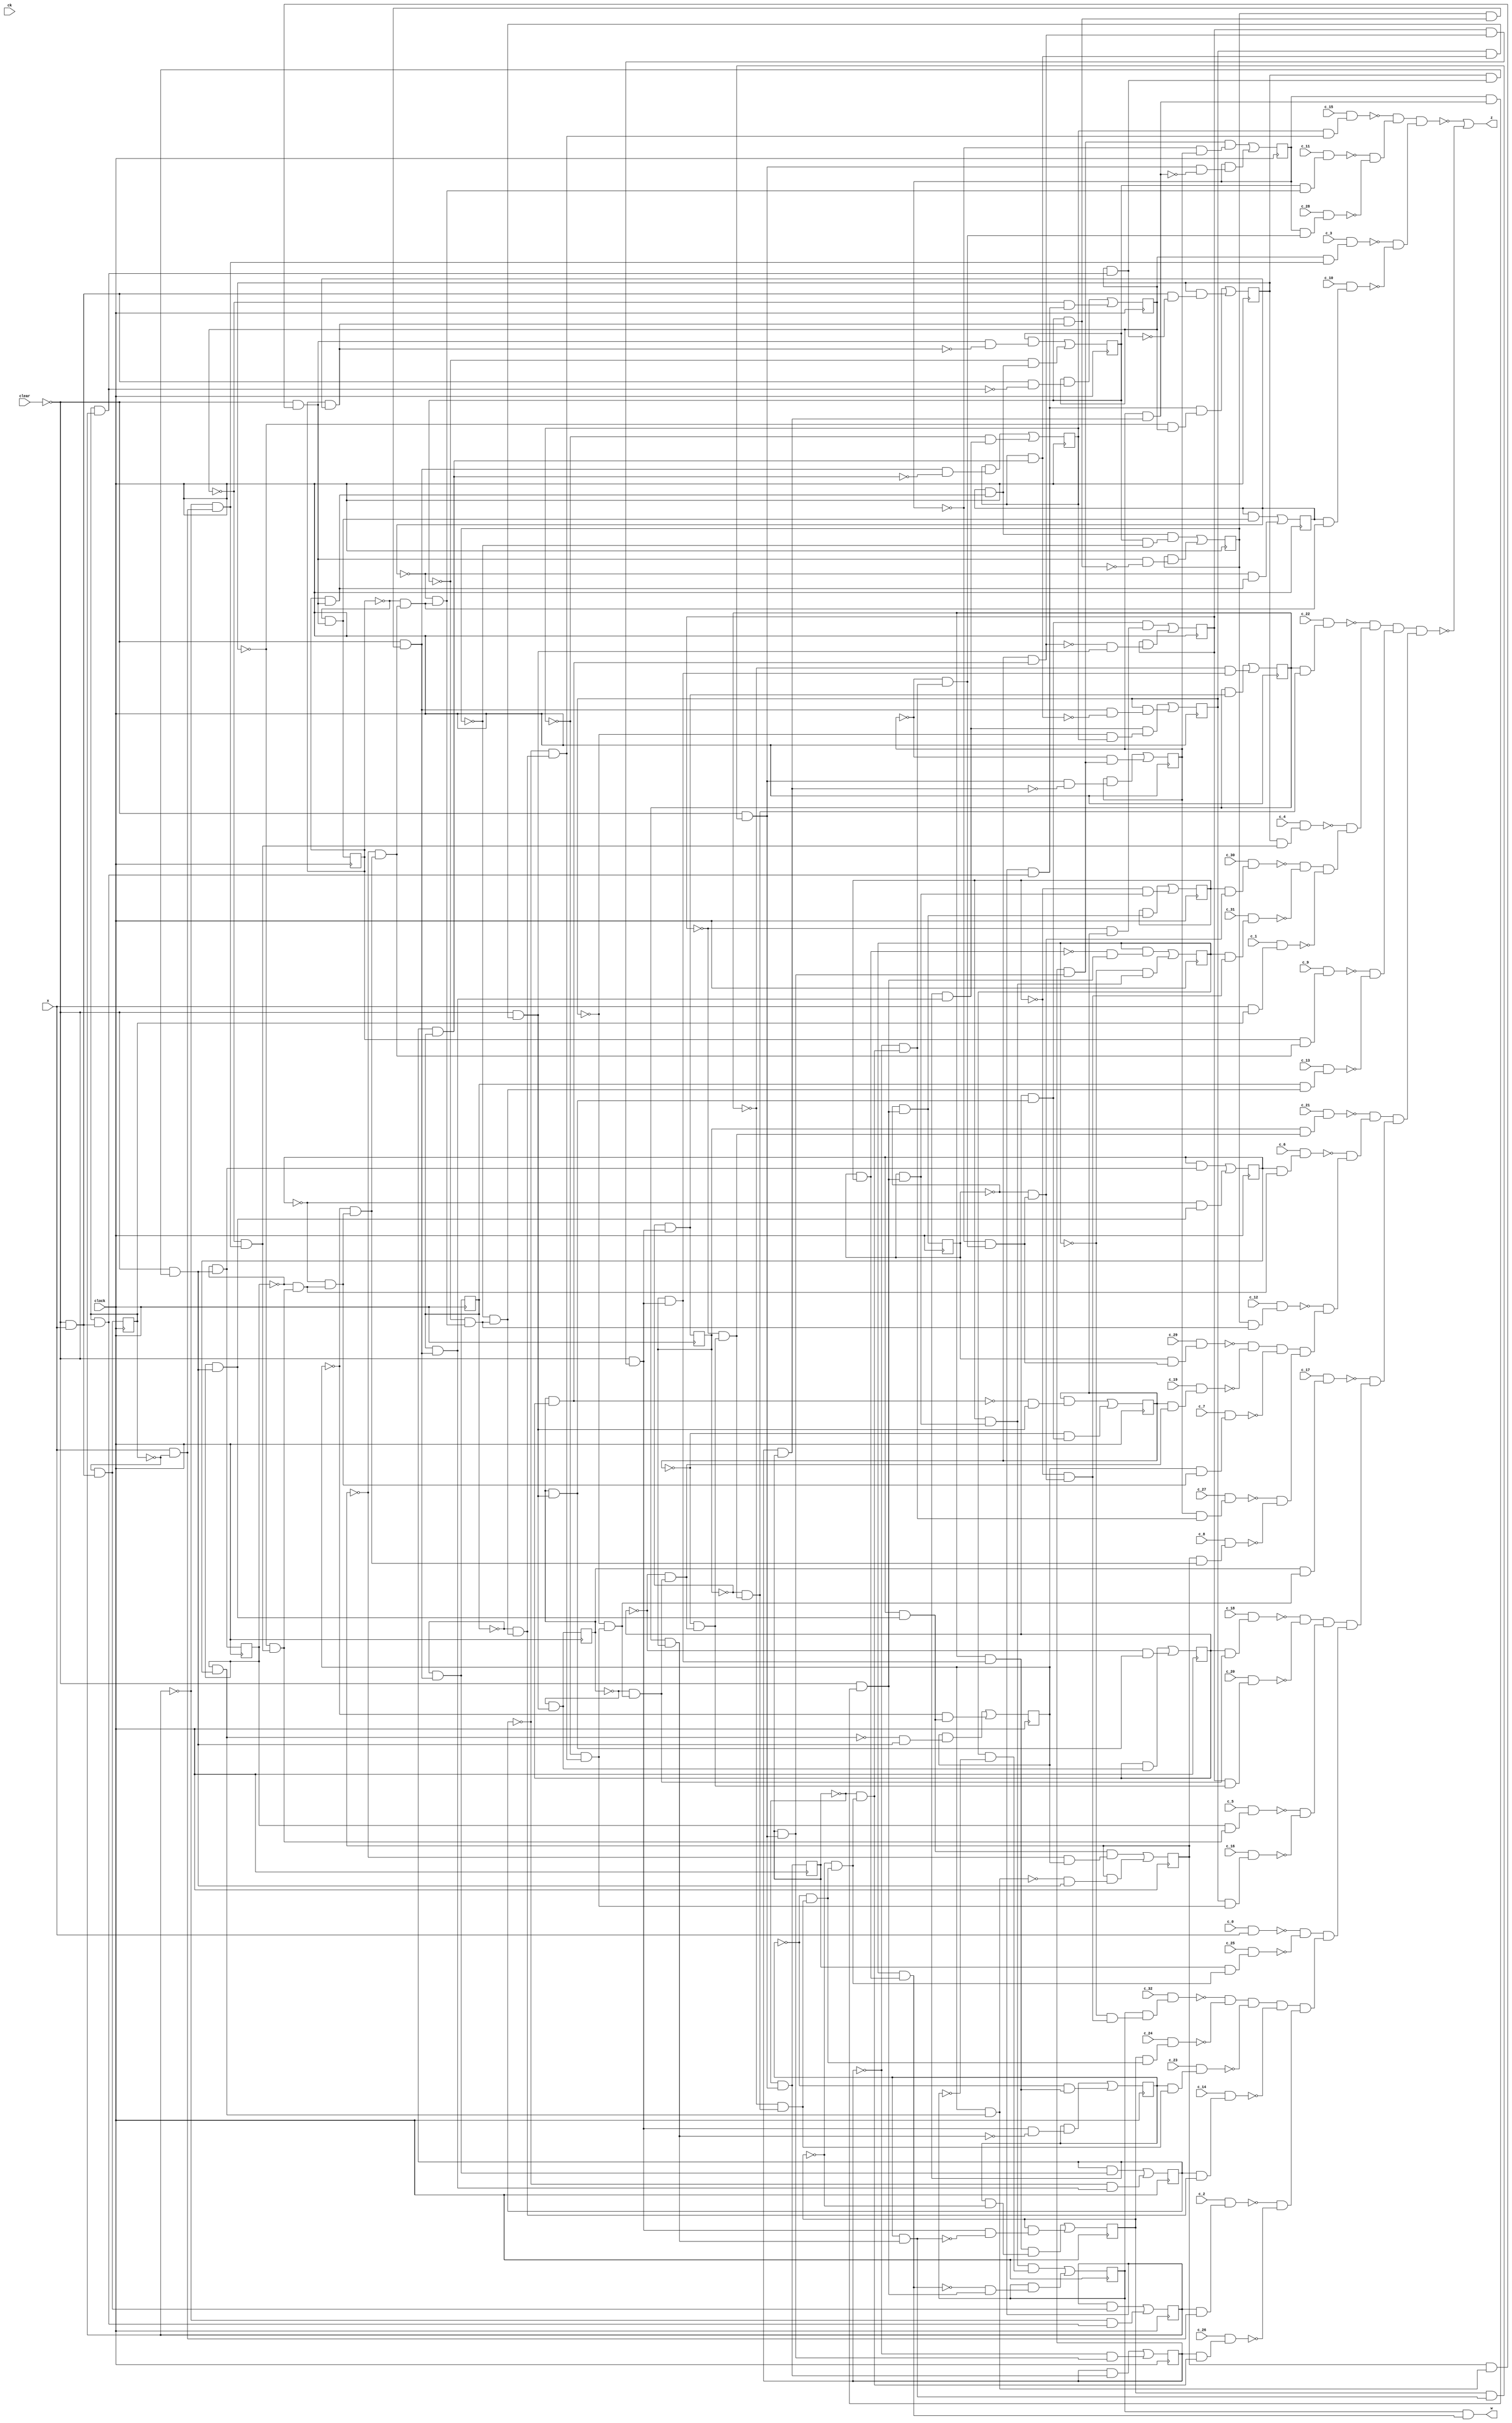
module top ( clock, 
    c_6, c_5, c_4, c_19, c_3, c_29, c_2, c_1, c_0, ck, c_13, c_24, c_14,
    c_23, c_11, c_22, c_12, c_21, c_17, c_28, c_31, c_18, c_27, c_32, c_15,
    c_26, c_16, c_25, clear, c_30, c_20, c_10, x, c_9, c_8, c_7,
    w, z  );
  input  clock;
  input  c_6, c_5, c_4, c_19, c_3, c_29, c_2, c_1, c_0, ck, c_13, c_24,
    c_14, c_23, c_11, c_22, c_12, c_21, c_17, c_28, c_31, c_18, c_27, c_32,
    c_15, c_26, c_16, c_25, clear, c_30, c_20, c_10, x, c_9, c_8, c_7;
  output w, z;
  reg ny_4, ny_9, ny_22, ny_16, ny_23, ny_15, ny_28, ny_29, ny_14, ny_21,
    ny_8, ny_31, ny_1, ny_30, ny_2, ny_11, ny_24, ny_3, ny_10, ny_17,
    ny_12, ny_5, ny_6, ny_7, ny_13, ny_26, ny_20, ny_27, ny_19, ny_32,
    ny_18, ny_25;
  wire new_n135_, new_n136_, new_n138_1_, new_n139_, new_n140_, new_n141_,
    new_n142_, new_n143_1_, new_n144_, new_n145_, new_n146_, new_n147_,
    new_n148_1_, new_n149_, new_n150_, new_n151_, new_n152_, new_n153_1_,
    new_n154_, new_n155_, new_n156_, new_n157_, new_n158_1_, new_n159_,
    new_n160_, new_n161_, new_n162_, new_n163_1_, new_n164_, new_n165_,
    new_n166_, new_n167_, new_n168_1_, new_n169_, new_n170_, new_n171_,
    new_n172_, new_n173_1_, new_n174_, new_n175_, new_n176_, new_n177_,
    new_n178_1_, new_n179_, new_n180_, new_n181_, new_n182_, new_n183_1_,
    new_n184_, new_n185_, new_n186_, new_n187_, new_n188_1_, new_n189_,
    new_n190_, new_n191_, new_n192_, new_n193_1_, new_n194_, new_n195_,
    new_n196_, new_n197_, new_n198_1_, new_n199_, new_n200_, new_n201_,
    new_n202_, new_n203_1_, new_n204_, new_n205_, new_n206_, new_n207_,
    new_n208_1_, new_n209_, new_n210_, new_n211_, new_n212_, new_n213_1_,
    new_n214_, new_n215_, new_n216_, new_n217_, new_n218_1_, new_n219_,
    new_n220_, new_n221_, new_n222_, new_n223_1_, new_n224_, new_n225_,
    new_n226_, new_n227_, new_n228_1_, new_n229_, new_n230_, new_n231_,
    new_n232_, new_n233_1_, new_n234_, new_n235_, new_n236_, new_n237_,
    new_n238_, new_n239_, new_n240_, new_n241_, new_n242_, new_n243_,
    new_n244_, new_n245_, new_n246_, new_n247_, new_n248_, new_n249_,
    new_n250_, new_n251_, new_n252_, new_n253_, new_n254_, new_n255_,
    new_n256_, new_n257_, new_n258_, new_n259_, new_n260_, new_n261_,
    new_n262_, new_n263_, new_n264_, new_n266_, new_n267_, new_n268_,
    new_n269_, new_n270_, new_n271_, new_n272_, new_n273_, new_n274_,
    new_n276_, new_n277_, new_n278_, new_n279_, new_n281_, new_n282_,
    new_n283_, new_n284_, new_n286_, new_n287_, new_n288_, new_n290_,
    new_n291_, new_n292_, new_n293_, new_n294_, new_n295_, new_n296_,
    new_n297_, new_n298_, new_n299_, new_n300_, new_n301_, new_n303_,
    new_n304_, new_n305_, new_n306_, new_n307_, new_n309_, new_n310_,
    new_n311_, new_n313_, new_n314_, new_n315_, new_n316_, new_n317_,
    new_n318_, new_n319_, new_n320_, new_n321_, new_n322_, new_n323_,
    new_n325_, new_n326_, new_n329_, new_n330_, new_n332_, new_n333_,
    new_n334_, new_n335_, new_n336_, new_n337_, new_n338_, new_n339_,
    new_n341_, new_n342_, new_n343_, new_n344_, new_n345_, new_n348_,
    new_n349_, new_n351_, new_n352_, new_n354_, new_n355_, new_n356_,
    new_n357_, new_n358_, new_n360_, new_n361_, new_n362_, new_n363_,
    new_n365_, new_n366_, new_n367_, new_n369_, new_n370_, new_n372_,
    new_n373_, new_n375_, new_n376_, new_n377_, new_n378_, new_n381_,
    new_n382_, new_n384_, new_n385_, new_n386_, new_n389_, new_n390_,
    new_n392_, new_n393_, new_n394_, new_n395_, new_n396_, new_n397_,
    new_n399_, new_n400_, new_n401_, new_n403_, new_n404_, new_n405_,
    new_n407_, new_n408_, new_n409_, new_n410_, new_n412_, new_n413_, n78,
    n83, n88, n93, n98, n103, n108, n113, n118, n123, n128, n133, n138,
    n143, n148, n153, n158, n163, n168, n173, n178, n183, n188, n193, n198,
    n203, n208, n213, n218, n223, n228, n233;
  assign new_n135_ = ny_29 & ny_30;
  assign new_n136_ = ny_31 & new_n135_;
  assign w = ny_32 & new_n136_;
  assign new_n138_1_ = x & ~ny_1;
  assign new_n139_ = ~ny_2 & new_n138_1_;
  assign new_n140_ = ~ny_3 & new_n139_;
  assign new_n141_ = ~ny_4 & new_n140_;
  assign new_n142_ = ~ny_5 & new_n141_;
  assign new_n143_1_ = ~ny_6 & new_n142_;
  assign new_n144_ = ~ny_7 & new_n143_1_;
  assign new_n145_ = ~ny_8 & new_n144_;
  assign new_n146_ = ~ny_9 & new_n145_;
  assign new_n147_ = ~ny_10 & new_n146_;
  assign new_n148_1_ = ~ny_11 & new_n147_;
  assign new_n149_ = ny_12 & new_n148_1_;
  assign new_n150_ = c_12 & new_n149_;
  assign new_n151_ = ~ny_12 & new_n148_1_;
  assign new_n152_ = ~ny_13 & new_n151_;
  assign new_n153_1_ = ~ny_14 & new_n152_;
  assign new_n154_ = ~ny_15 & new_n153_1_;
  assign new_n155_ = ~ny_16 & new_n154_;
  assign new_n156_ = ~ny_17 & new_n155_;
  assign new_n157_ = ~ny_18 & new_n156_;
  assign new_n158_1_ = ~ny_19 & new_n157_;
  assign new_n159_ = ~ny_20 & new_n158_1_;
  assign new_n160_ = ~ny_21 & new_n159_;
  assign new_n161_ = ~ny_22 & new_n160_;
  assign new_n162_ = ~ny_23 & new_n161_;
  assign new_n163_1_ = ~ny_24 & new_n162_;
  assign new_n164_ = ~ny_25 & new_n163_1_;
  assign new_n165_ = ~ny_26 & new_n164_;
  assign new_n166_ = ny_27 & new_n165_;
  assign new_n167_ = c_27 & new_n166_;
  assign new_n168_1_ = ny_8 & new_n144_;
  assign new_n169_ = c_8 & new_n168_1_;
  assign new_n170_ = ~ny_27 & new_n165_;
  assign new_n171_ = ~ny_28 & new_n170_;
  assign new_n172_ = ny_29 & new_n171_;
  assign new_n173_1_ = c_29 & new_n172_;
  assign new_n174_ = ny_19 & new_n157_;
  assign new_n175_ = c_19 & new_n174_;
  assign new_n176_ = ~new_n173_1_ & ~new_n175_;
  assign new_n177_ = ny_7 & new_n143_1_;
  assign new_n178_1_ = c_7 & new_n177_;
  assign new_n179_ = new_n176_ & ~new_n178_1_;
  assign new_n180_ = ~new_n167_ & ~new_n169_;
  assign new_n181_ = new_n179_ & new_n180_;
  assign new_n182_ = ny_6 & new_n142_;
  assign new_n183_1_ = c_6 & new_n182_;
  assign new_n184_ = ny_21 & new_n159_;
  assign new_n185_ = c_21 & new_n184_;
  assign new_n186_ = ~new_n150_ & new_n181_;
  assign new_n187_ = ~new_n183_1_ & new_n186_;
  assign new_n188_1_ = ~new_n185_ & new_n187_;
  assign new_n189_ = c_0 & x;
  assign new_n190_ = ny_25 & new_n163_1_;
  assign new_n191_ = c_25 & new_n190_;
  assign new_n192_ = ~new_n189_ & ~new_n191_;
  assign new_n193_1_ = ny_2 & new_n138_1_;
  assign new_n194_ = c_2 & new_n193_1_;
  assign new_n195_ = ny_26 & new_n164_;
  assign new_n196_ = c_26 & new_n195_;
  assign new_n197_ = ~ny_29 & new_n171_;
  assign new_n198_1_ = ~ny_30 & new_n197_;
  assign new_n199_ = ~ny_31 & new_n198_1_;
  assign new_n200_ = ny_32 & new_n199_;
  assign new_n201_ = c_32 & new_n200_;
  assign new_n202_ = ny_24 & new_n162_;
  assign new_n203_1_ = c_24 & new_n202_;
  assign new_n204_ = ~new_n201_ & ~new_n203_1_;
  assign new_n205_ = ny_23 & new_n161_;
  assign new_n206_ = c_23 & new_n205_;
  assign new_n207_ = new_n204_ & ~new_n206_;
  assign new_n208_1_ = ny_14 & new_n152_;
  assign new_n209_ = c_14 & new_n208_1_;
  assign new_n210_ = new_n207_ & ~new_n209_;
  assign new_n211_ = ~new_n194_ & ~new_n196_;
  assign new_n212_ = new_n210_ & new_n211_;
  assign new_n213_1_ = ny_5 & new_n141_;
  assign new_n214_ = c_5 & new_n213_1_;
  assign new_n215_ = ny_16 & new_n154_;
  assign new_n216_ = c_16 & new_n215_;
  assign new_n217_ = ny_18 & new_n156_;
  assign new_n218_1_ = c_18 & new_n217_;
  assign new_n219_ = ny_20 & new_n158_1_;
  assign new_n220_ = c_20 & new_n219_;
  assign new_n221_ = ~new_n218_1_ & ~new_n220_;
  assign new_n222_ = ~new_n214_ & ~new_n216_;
  assign new_n223_1_ = new_n221_ & new_n222_;
  assign new_n224_ = ny_17 & new_n155_;
  assign new_n225_ = c_17 & new_n224_;
  assign new_n226_ = new_n192_ & new_n212_;
  assign new_n227_ = new_n223_1_ & new_n226_;
  assign new_n228_1_ = ~new_n225_ & new_n227_;
  assign new_n229_ = ny_9 & new_n145_;
  assign new_n230_ = c_9 & new_n229_;
  assign new_n231_ = ny_13 & new_n151_;
  assign new_n232_ = c_13 & new_n231_;
  assign new_n233_1_ = ny_30 & new_n197_;
  assign new_n234_ = c_30 & new_n233_1_;
  assign new_n235_ = ny_31 & new_n198_1_;
  assign new_n236_ = c_31 & new_n235_;
  assign new_n237_ = ~new_n234_ & ~new_n236_;
  assign new_n238_ = x & ny_1;
  assign new_n239_ = c_1 & new_n238_;
  assign new_n240_ = ny_4 & new_n140_;
  assign new_n241_ = c_4 & new_n240_;
  assign new_n242_ = ny_22 & new_n160_;
  assign new_n243_ = c_22 & new_n242_;
  assign new_n244_ = new_n237_ & ~new_n239_;
  assign new_n245_ = ~new_n241_ & new_n244_;
  assign new_n246_ = ~new_n243_ & new_n245_;
  assign new_n247_ = ~new_n230_ & ~new_n232_;
  assign new_n248_ = new_n246_ & new_n247_;
  assign new_n249_ = ny_3 & new_n139_;
  assign new_n250_ = c_3 & new_n249_;
  assign new_n251_ = ny_10 & new_n146_;
  assign new_n252_ = c_10 & new_n251_;
  assign new_n253_ = ny_11 & new_n147_;
  assign new_n254_ = c_11 & new_n253_;
  assign new_n255_ = ny_28 & new_n170_;
  assign new_n256_ = c_28 & new_n255_;
  assign new_n257_ = ny_15 & new_n153_1_;
  assign new_n258_ = c_15 & new_n257_;
  assign new_n259_ = ~new_n254_ & ~new_n256_;
  assign new_n260_ = ~new_n258_ & new_n259_;
  assign new_n261_ = ~new_n250_ & ~new_n252_;
  assign new_n262_ = new_n260_ & new_n261_;
  assign new_n263_ = new_n188_1_ & new_n228_1_;
  assign new_n264_ = new_n248_ & new_n263_;
  assign z = ~new_n262_ | ~new_n264_;
  assign new_n266_ = ~clear & x;
  assign new_n267_ = ny_1 & new_n266_;
  assign new_n268_ = ny_2 & new_n267_;
  assign new_n269_ = ~ny_4 & ny_3;
  assign new_n270_ = new_n268_ & new_n269_;
  assign new_n271_ = ny_1 & ny_2;
  assign new_n272_ = ny_3 & new_n271_;
  assign new_n273_ = new_n266_ & ~new_n272_;
  assign new_n274_ = ny_4 & new_n273_;
  assign n78 = new_n270_ | new_n274_;
  assign new_n276_ = ny_5 & ny_6;
  assign new_n277_ = ny_7 & new_n276_;
  assign new_n278_ = ny_8 & new_n277_;
  assign new_n279_ = ~clear & new_n278_;
  assign n83 = ~ny_9 & new_n279_;
  assign new_n281_ = ny_17 & ny_18;
  assign new_n282_ = ny_19 & new_n281_;
  assign new_n283_ = ny_20 & new_n282_;
  assign new_n284_ = ~clear & new_n283_;
  assign n123 = ~ny_21 & new_n284_;
  assign new_n286_ = ny_22 & n123;
  assign new_n287_ = ny_21 & new_n284_;
  assign new_n288_ = ~ny_22 & new_n287_;
  assign n88 = new_n286_ | new_n288_;
  assign new_n290_ = ny_9 & ny_10;
  assign new_n291_ = ny_11 & new_n290_;
  assign new_n292_ = ny_12 & new_n291_;
  assign new_n293_ = ~clear & new_n292_;
  assign new_n294_ = ny_13 & new_n293_;
  assign new_n295_ = ny_14 & new_n294_;
  assign new_n296_ = ~ny_16 & ny_15;
  assign new_n297_ = new_n295_ & new_n296_;
  assign new_n298_ = ny_14 & ny_13;
  assign new_n299_ = ny_15 & new_n298_;
  assign new_n300_ = new_n293_ & ~new_n299_;
  assign new_n301_ = ny_16 & new_n300_;
  assign n93 = new_n297_ | new_n301_;
  assign new_n303_ = ny_22 & ny_21;
  assign new_n304_ = new_n284_ & ~new_n303_;
  assign new_n305_ = ny_23 & new_n304_;
  assign new_n306_ = ny_22 & new_n287_;
  assign new_n307_ = ~ny_23 & new_n306_;
  assign n98 = new_n305_ | new_n307_;
  assign new_n309_ = new_n293_ & ~new_n298_;
  assign new_n310_ = ny_15 & new_n309_;
  assign new_n311_ = ~ny_15 & new_n295_;
  assign n103 = new_n310_ | new_n311_;
  assign new_n313_ = ny_23 & new_n303_;
  assign new_n314_ = ny_24 & new_n313_;
  assign new_n315_ = ~clear & new_n314_;
  assign new_n316_ = ny_25 & new_n315_;
  assign new_n317_ = ny_26 & new_n316_;
  assign new_n318_ = ~ny_28 & ny_27;
  assign new_n319_ = new_n317_ & new_n318_;
  assign new_n320_ = ny_26 & ny_25;
  assign new_n321_ = ny_27 & new_n320_;
  assign new_n322_ = new_n315_ & ~new_n321_;
  assign new_n323_ = ny_28 & new_n322_;
  assign n108 = new_n319_ | new_n323_;
  assign new_n325_ = ny_28 & new_n321_;
  assign new_n326_ = ~clear & new_n325_;
  assign n113 = ~ny_29 & new_n326_;
  assign n198 = ~ny_13 & new_n293_;
  assign new_n329_ = ny_14 & n198;
  assign new_n330_ = ~ny_14 & new_n294_;
  assign n118 = new_n329_ | new_n330_;
  assign new_n332_ = ny_4 & new_n272_;
  assign new_n333_ = ~clear & new_n332_;
  assign new_n334_ = ny_5 & new_n333_;
  assign new_n335_ = ny_6 & new_n334_;
  assign new_n336_ = ~ny_8 & ny_7;
  assign new_n337_ = new_n335_ & new_n336_;
  assign new_n338_ = ~new_n277_ & new_n333_;
  assign new_n339_ = ny_8 & new_n338_;
  assign n128 = new_n337_ | new_n339_;
  assign new_n341_ = ~new_n135_ & new_n326_;
  assign new_n342_ = ny_31 & new_n341_;
  assign new_n343_ = ny_29 & new_n326_;
  assign new_n344_ = ny_30 & new_n343_;
  assign new_n345_ = ~ny_31 & new_n344_;
  assign n133 = new_n342_ | new_n345_;
  assign n138 = ~ny_1 & new_n266_;
  assign new_n348_ = ny_30 & n113;
  assign new_n349_ = ~ny_30 & new_n343_;
  assign n143 = new_n348_ | new_n349_;
  assign new_n351_ = ny_2 & n138;
  assign new_n352_ = ~ny_2 & new_n267_;
  assign n148 = new_n351_ | new_n352_;
  assign new_n354_ = new_n279_ & ~new_n290_;
  assign new_n355_ = ny_11 & new_n354_;
  assign new_n356_ = ny_9 & new_n279_;
  assign new_n357_ = ny_10 & new_n356_;
  assign new_n358_ = ~ny_11 & new_n357_;
  assign n153 = new_n355_ | new_n358_;
  assign new_n360_ = ny_23 & ~ny_24;
  assign new_n361_ = new_n306_ & new_n360_;
  assign new_n362_ = new_n284_ & ~new_n313_;
  assign new_n363_ = ny_24 & new_n362_;
  assign n158 = new_n361_ | new_n363_;
  assign new_n365_ = new_n266_ & ~new_n271_;
  assign new_n366_ = ny_3 & new_n365_;
  assign new_n367_ = ~ny_3 & new_n268_;
  assign n163 = new_n366_ | new_n367_;
  assign new_n369_ = ny_10 & n83;
  assign new_n370_ = ~ny_10 & new_n356_;
  assign n168 = new_n369_ | new_n370_;
  assign new_n372_ = ny_16 & new_n299_;
  assign new_n373_ = ~clear & new_n372_;
  assign n173 = ~ny_17 & new_n373_;
  assign new_n375_ = ny_11 & ~ny_12;
  assign new_n376_ = new_n357_ & new_n375_;
  assign new_n377_ = new_n279_ & ~new_n291_;
  assign new_n378_ = ny_12 & new_n377_;
  assign n178 = new_n376_ | new_n378_;
  assign n183 = ~ny_5 & new_n333_;
  assign new_n381_ = ny_6 & n183;
  assign new_n382_ = ~ny_6 & new_n334_;
  assign n188 = new_n381_ | new_n382_;
  assign new_n384_ = ~new_n276_ & new_n333_;
  assign new_n385_ = ny_7 & new_n384_;
  assign new_n386_ = ~ny_7 & new_n335_;
  assign n193 = new_n385_ | new_n386_;
  assign n233 = ~ny_25 & new_n315_;
  assign new_n389_ = ny_26 & n233;
  assign new_n390_ = ~ny_26 & new_n316_;
  assign n203 = new_n389_ | new_n390_;
  assign new_n392_ = ny_17 & new_n373_;
  assign new_n393_ = ny_18 & new_n392_;
  assign new_n394_ = ~ny_20 & ny_19;
  assign new_n395_ = new_n393_ & new_n394_;
  assign new_n396_ = ~new_n282_ & new_n373_;
  assign new_n397_ = ny_20 & new_n396_;
  assign n208 = new_n395_ | new_n397_;
  assign new_n399_ = new_n315_ & ~new_n320_;
  assign new_n400_ = ny_27 & new_n399_;
  assign new_n401_ = ~ny_27 & new_n317_;
  assign n213 = new_n400_ | new_n401_;
  assign new_n403_ = ~new_n281_ & new_n373_;
  assign new_n404_ = ny_19 & new_n403_;
  assign new_n405_ = ~ny_19 & new_n393_;
  assign n218 = new_n404_ | new_n405_;
  assign new_n407_ = ny_31 & ~ny_32;
  assign new_n408_ = new_n344_ & new_n407_;
  assign new_n409_ = ~new_n136_ & new_n326_;
  assign new_n410_ = ny_32 & new_n409_;
  assign n223 = new_n408_ | new_n410_;
  assign new_n412_ = ny_18 & n173;
  assign new_n413_ = ~ny_18 & new_n392_;
  assign n228 = new_n412_ | new_n413_;
  always @ (posedge clock) begin
    ny_4 <= n78;
    ny_9 <= n83;
    ny_22 <= n88;
    ny_16 <= n93;
    ny_23 <= n98;
    ny_15 <= n103;
    ny_28 <= n108;
    ny_29 <= n113;
    ny_14 <= n118;
    ny_21 <= n123;
    ny_8 <= n128;
    ny_31 <= n133;
    ny_1 <= n138;
    ny_30 <= n143;
    ny_2 <= n148;
    ny_11 <= n153;
    ny_24 <= n158;
    ny_3 <= n163;
    ny_10 <= n168;
    ny_17 <= n173;
    ny_12 <= n178;
    ny_5 <= n183;
    ny_6 <= n188;
    ny_7 <= n193;
    ny_13 <= n198;
    ny_26 <= n203;
    ny_20 <= n208;
    ny_27 <= n213;
    ny_19 <= n218;
    ny_32 <= n223;
    ny_18 <= n228;
    ny_25 <= n233;
  end
endmodule